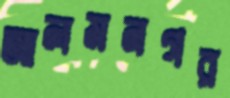
আলমনগর